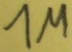
Text: 1M